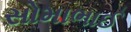
સોમાભાઈ